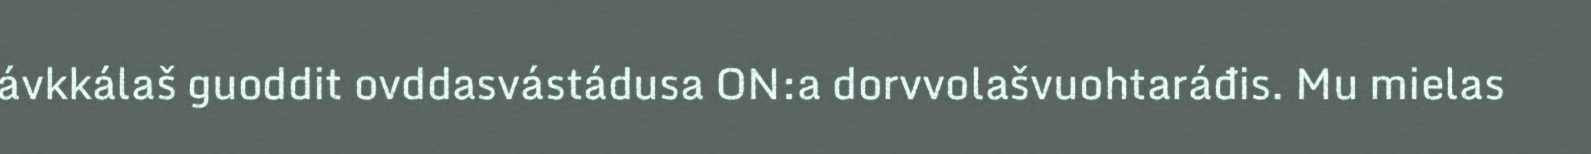
ávkkálaš guoddit ovddasvástádusa ON:a dorvvolašvuohtaráđis. Mu mielas